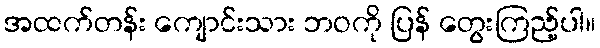
အထက်တန်း ကျောင်းသား ဘဝကို ပြန် တွေးကြည့်ပါ။